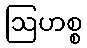
ဩဟစ္စ